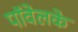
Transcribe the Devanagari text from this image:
पॉवेलके